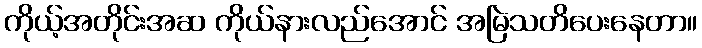
ကိုယ့်အတိုင်းအဆ ကိုယ်နားလည်အောင် အမြဲသတိပေးနေတာ။